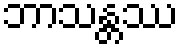
ဘာသန္တဿ